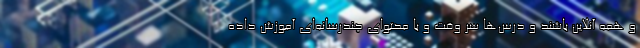
و همه آنلاین باشند و درس‌ها سر وقت و با محتوای چندرسانه‌ای آموزش داده